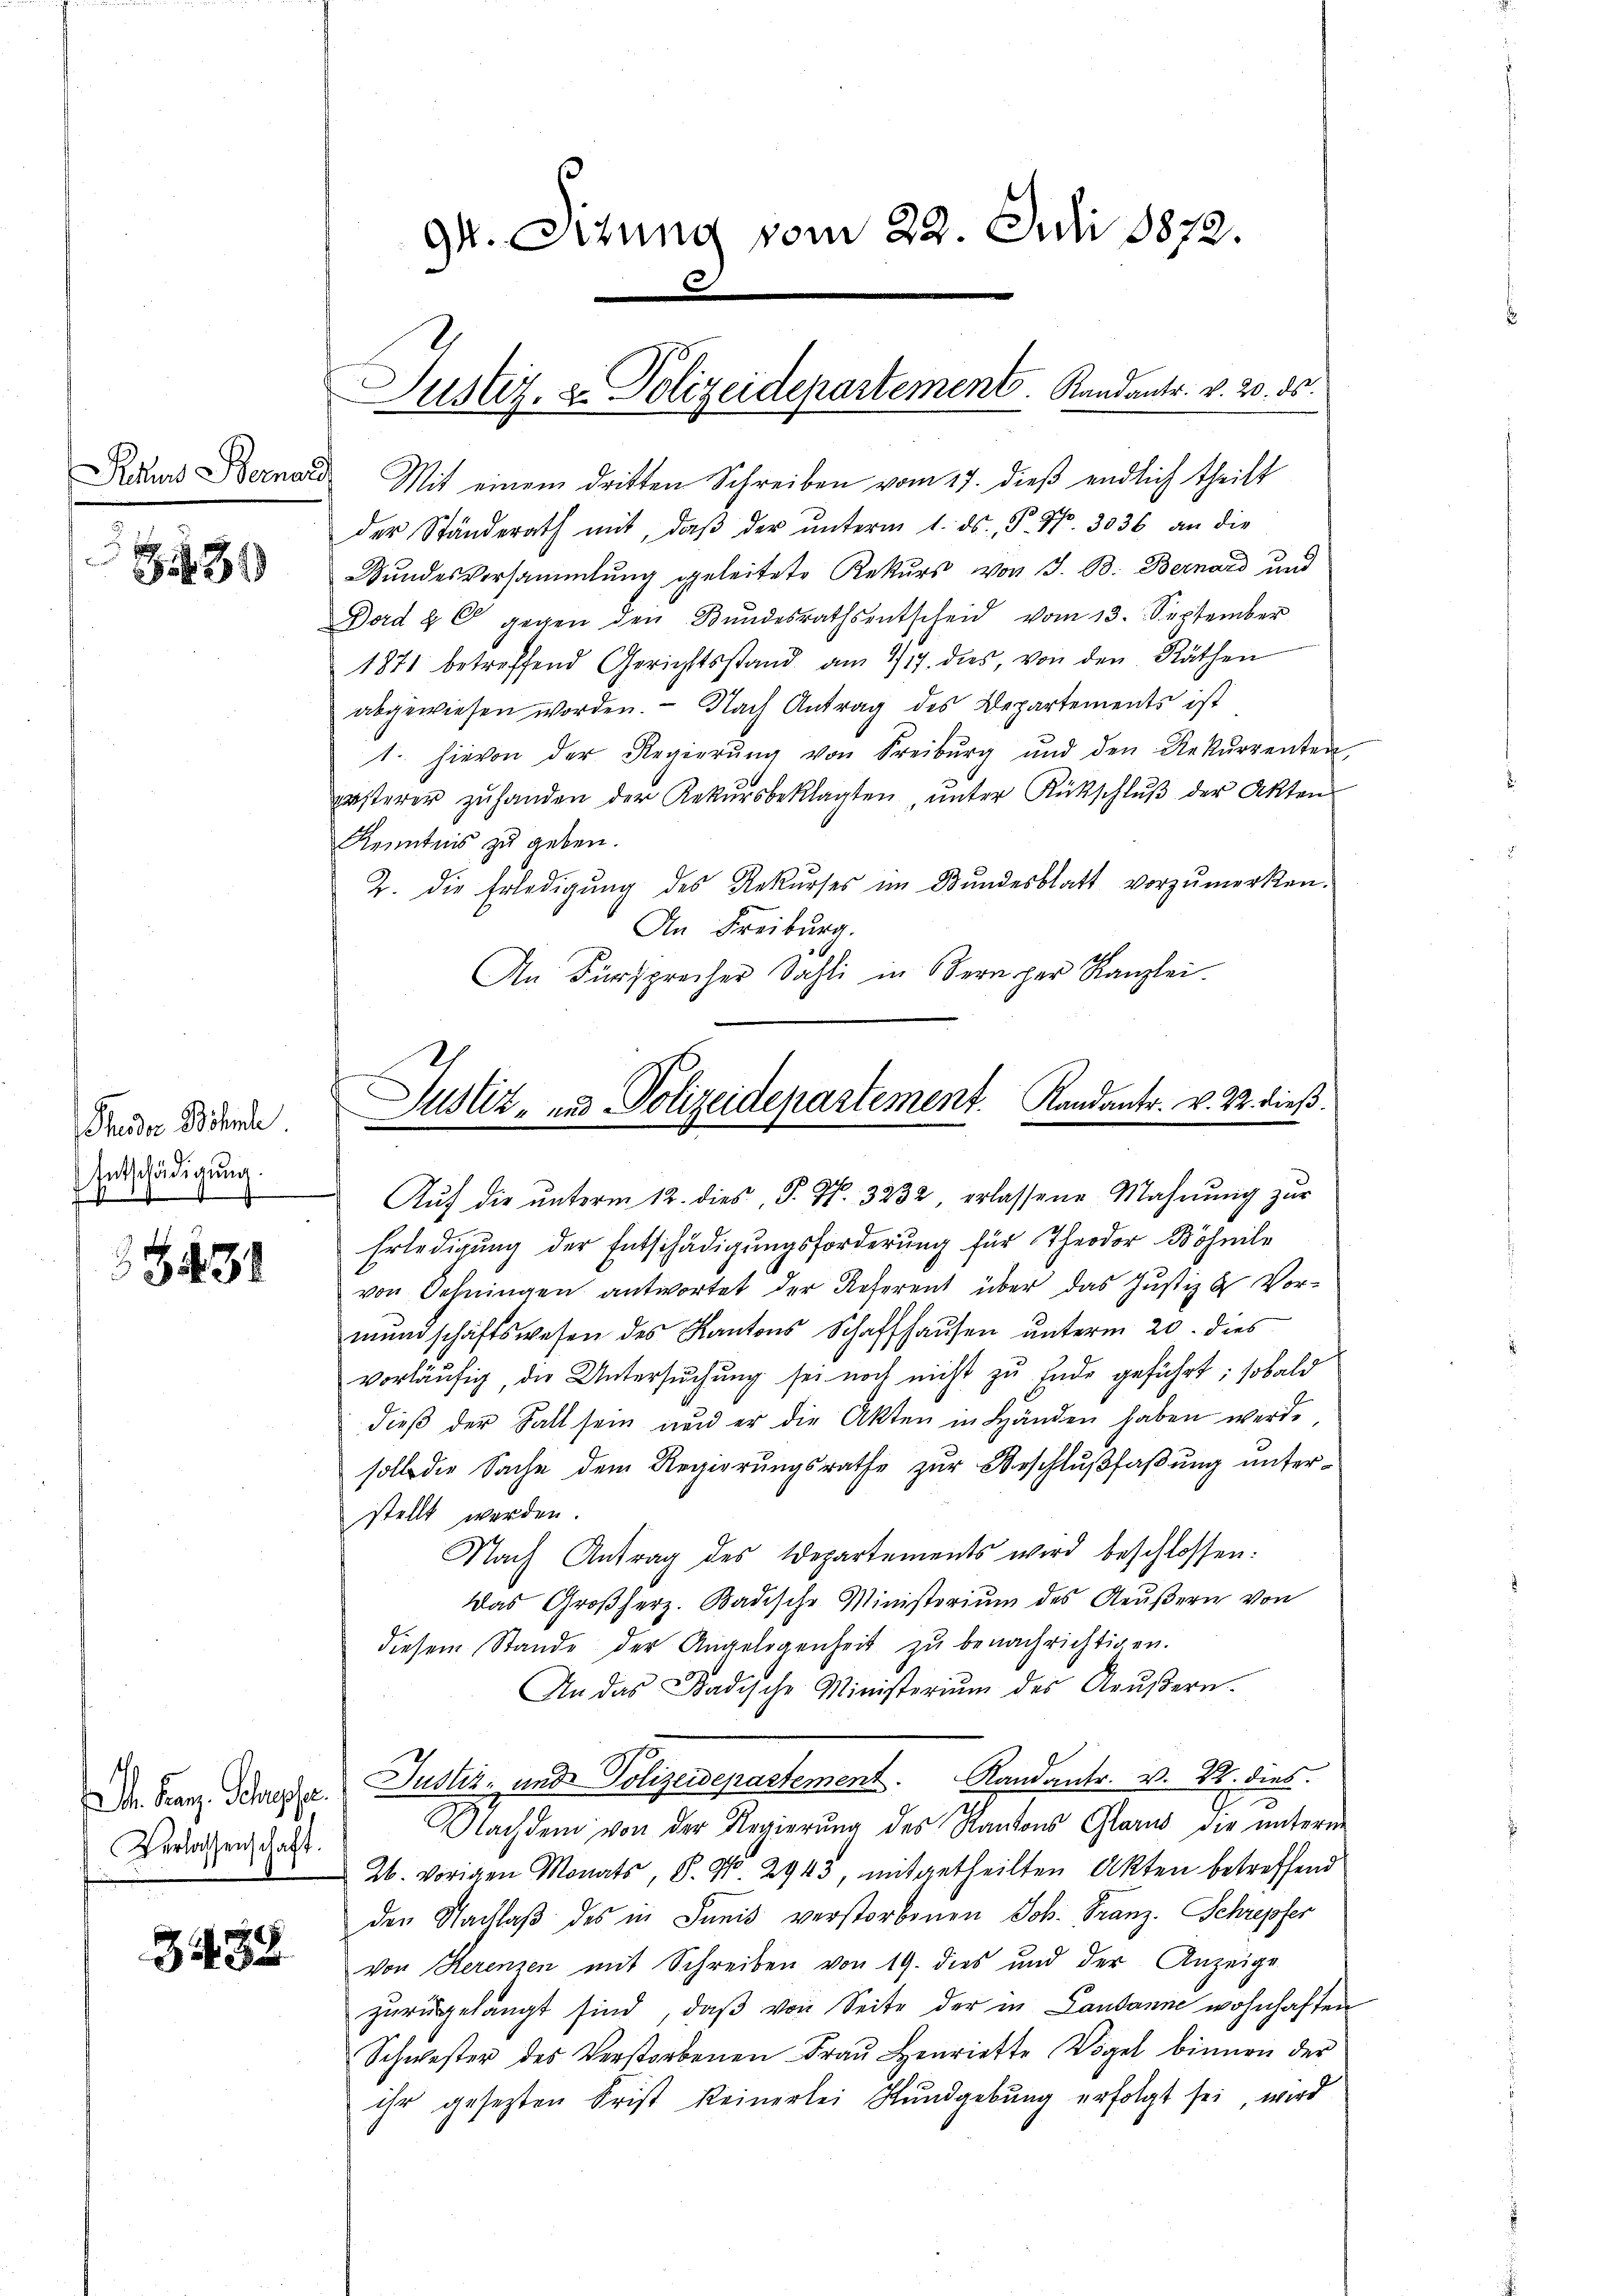
Rachen Bernals

31

Thuder Böhle.
Entschädigung
1

3431

. Franz. Schusse.
Verlassenschaft.

Z. 88

gr. Situng vom 22. Juli 1872.
C

Justiz- & Polizeidepartement. Randants. v. 20. ds.

Mit einem dritten Schreiben vom 17. dieß endlich theilt
der Ständerath mit, daβ der ŭnterm 1. ds. P. Nr. 3036 an die
Bundesversammlung geleitete Rekurs von J. B. Bernard und
Dord & 6 gegen den Bŭndesraths entscheid vom 13. September
1871 betreffend Gerichtsstand am 717. dies, von den Räthen
abgewiesen worden. Nach Antrag des Departements ist
1. hievon der Regierŭng von Freiburg und den Rekŭrrenten
ersterer zŭ handen der Rekŭrsbeklagten ŭnter Rückschlŭβ der Akten
Kenntnis zu geben.
2. die Erledigŭng des Rekŭrses im Bŭndesblatt vorzumerken.
An Freiburg.
An Fürsprecher Sahli in Bern per Kanzlei
Auf die unterm 12. dies, P. Nr. 3232, erlassene Mahnung zur
Erledigung der Entschädigungsforderung für Theodor Wöhnile
von Sehningen antwortet der Referent über das Justiz & Vormŭndschaftswesen des Kantons Schaffhaŭsen ŭnterm 20. dies
vorläufig, die Untersuchung sei noch nicht zu Ende geführt; sobald
dieβ der Fall sein und er die Akten in Händen haben werde
soll die Sache dem Regierungsrathe zur Beschlußfaßung unterstellt werden
Nach Antrag des Departements wird beschlossen:
Das Großherz. Badische Ministorium des Aeußern von
diesem Stande der Angelegenheit zŭ benachrichtigen.
An das Badische Ministerium des Aŭβern.
Justiz- und Polizeidepastement. Randantr. v. 28. dies
e
r
Nachdem von der Regierŭng des Kantons Glarus die ŭnterm
26. vorigen Monats, S. G. 2943, mitgetheilten Akten betreffend
den Nachlaβ des in Junis verstorbenen Joh. Franz. Schrepfer
von Herenzen mit Schreiben von 19. dies und der Anzeige
zŭrügelängt sind, daβ von Seite der in Landanne wohnhaften
Schwester des Verstorbenen Fraŭ Henriette Vögel binnen der
ihr gesezten Frist keinerlei Kundgebung erfolgt sei, wird

Justiz- und Polizeidepartement. Kandantr. v. 22. dieß.